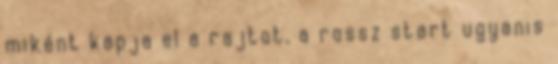
miként kapja el a rajtot, a rossz start ugyanis